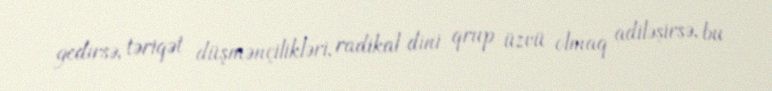
gedirsə, təriqət düşmənçilikləri, radikal dini qrup üzvü olmaq adiləşirsə, bu